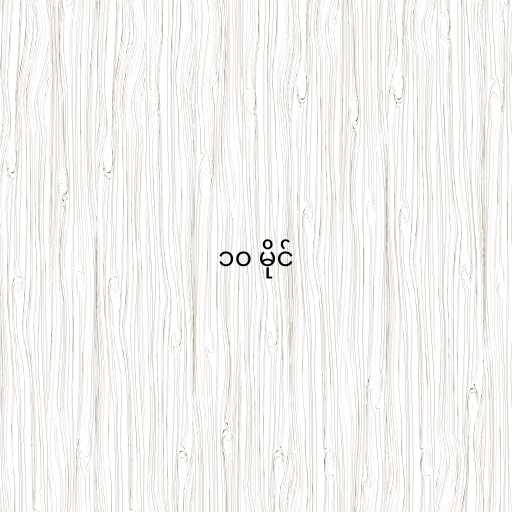
၁၀ မိုင်